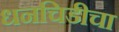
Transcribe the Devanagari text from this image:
धनचिडीचा